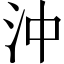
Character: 沖